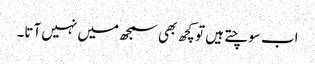
اب سوچتے ہیں تو کچھ بھی سمجھ میں نہیں آتا۔